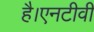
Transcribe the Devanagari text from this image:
है।एनटीवी